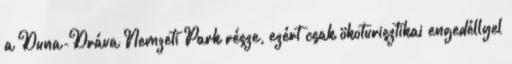
a Duna-Dráva Nemzeti Park része, ezért csak ökoturisztikai engedéllyel